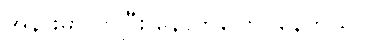
အနားမှာလာပြီး နောက်ပြောင်နေတယ်။